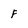
Character: f